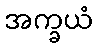
အက္ခယံ